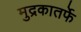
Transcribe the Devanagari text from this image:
मुद्रकातर्फे